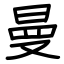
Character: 曼